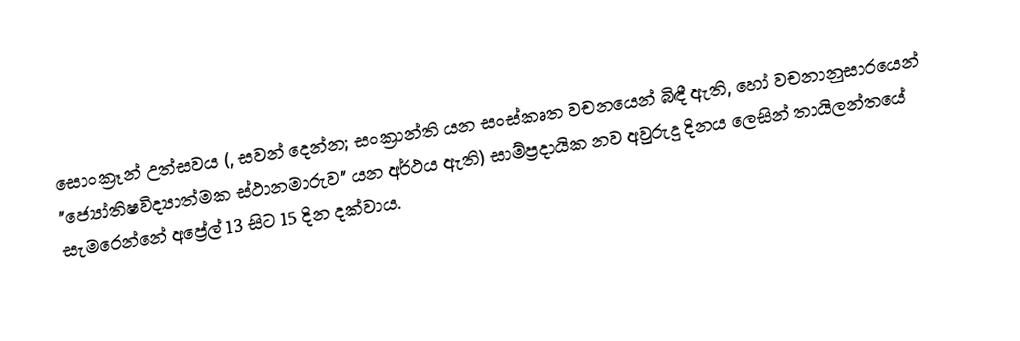
සොංක්‍රෑන් උත්සවය (, සවන් දෙන්න; සංක්‍රාන්ති යන සංස්කෘත වචනයෙන් බිඳී ඇති, හෝ  වචනානුසාරයෙන් "ජ්‍යෝතිෂවිද්‍යාත්මක ස්ථානමාරුව" යන අර්ථය ඇති) සාම්ප්‍රදායික නව අවුරුදු දිනය ලෙසින්  තායිලන්තයේ  සැමරෙන්නේ අප්‍රේල් 13 සිට 15 දින දක්වාය.